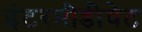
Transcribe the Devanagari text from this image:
इंटरमीडीयेट